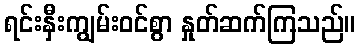
ရင်းနှီးကျွမ်းဝင်စွာ နှုတ်ဆက်ကြသည်။